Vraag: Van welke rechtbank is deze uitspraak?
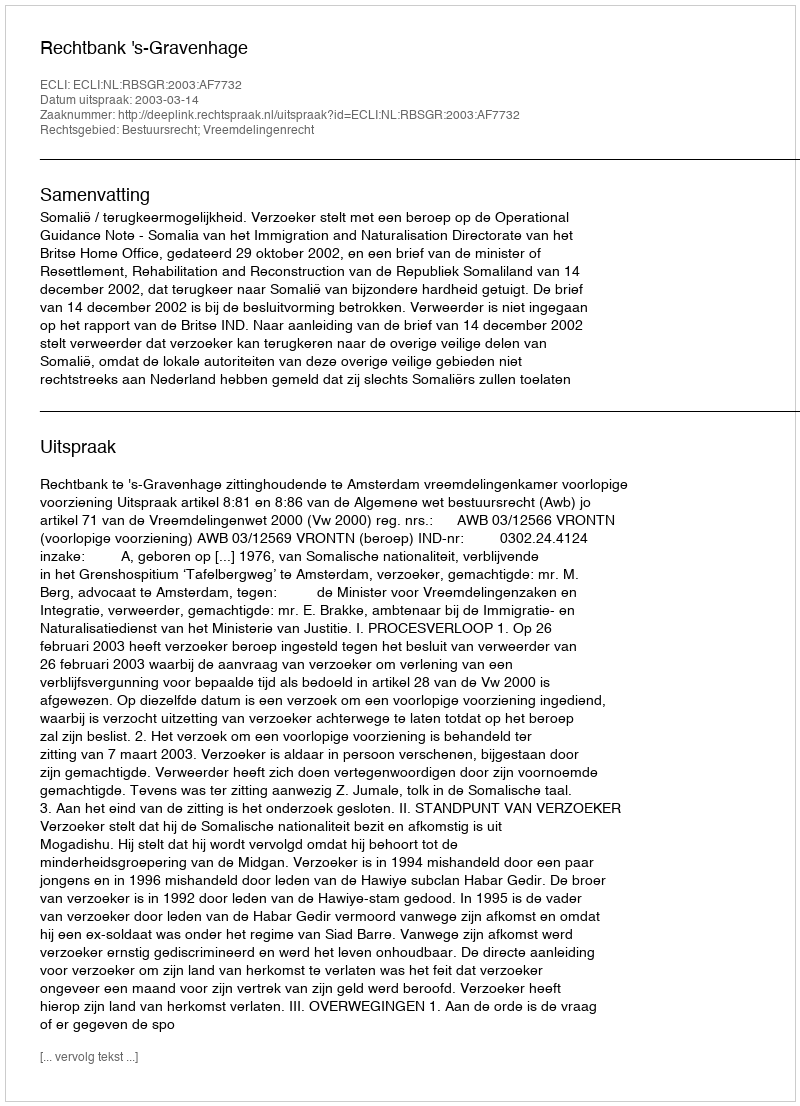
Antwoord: Rechtbank 's-Gravenhage